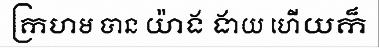
ក្រហម បាន យ៉ាង ងាយ ហើយក៏